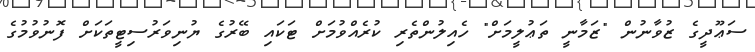
ސަޢޫދީގެ ޒުވާނުން "ޒަމާނީ ތަޢުލީމަށް" ހެއިލުންތެރި ކުރެއްވުމަށް ޓަކައި ބޭރުގެ ޔުނިވަރުސިޓީތަކަށް ފޮނުވުމުގެ